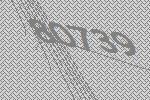
80739